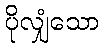
ပိုလျှံသော